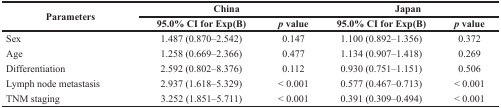
<table><thead><tr><td rowspan="2"><b>Parameters</b></td><td colspan="2"><b>China</b></td><td colspan="2"><b>Japan</b></td></tr><tr><td><b>95.0% CI for Exp(B)</b></td><td><b><i>p</i> value</b></td><td><b>95.0% CI for Exp(B)</b></td><td><b><i>p</i> value</b></td></tr></thead><tbody><tr><td>Sex</td><td>1.487 (0.870–2.542)</td><td>0.147</td><td>1.100 (0.892–1.356)</td><td>0.372</td></tr><tr><td>Age</td><td>1.258 (0.669–2.366)</td><td>0.477</td><td>1.134 (0.907–1.418)</td><td>0.269</td></tr><tr><td>Differentiation</td><td>2.592 (0.802–8.376)</td><td>0.112</td><td>0.930 (0.751–1.151)</td><td>0.506</td></tr><tr><td>Lymph node metastasis</td><td>2.937 (1.618–5.329)</td><td>&lt; 0.001</td><td>0.577 (0.467–0.713)</td><td>&lt; 0.001</td></tr><tr><td>TNM staging</td><td>3.252 (1.851–5.711)</td><td>&lt; 0.001</td><td>0.391 (0.309–0.494)</td><td>&lt; 0.001</td></tr></tbody></table>